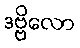
ဒဗ္ဗိလော